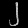
Digit: ၂